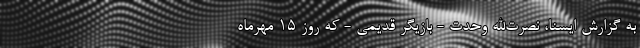
به گزارش ایسنا، نصرت‌الله وحدت - بازیگر قدیمی - که روز ۱۵ مهرماه